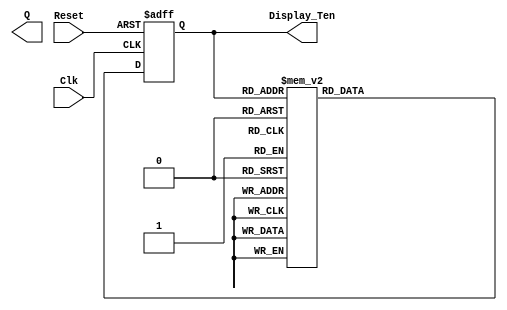
`timescale 1ns / 1ps

module Second_Counter(
    input Clk, Reset,
    output Q,      //'Q' connects to the GND
    output [3:0] Display_Ten
    );
    
  // Make sure your Counter is driven by  slow clock generated by clock divider
reg[3:0] Present_State, Next_State;

parameter S0 = 4'b0000;  //Decimal Value = 0
parameter S1 = 4'b0001;  //Decimal Value = 1
parameter S2 = 4'b0010;  //Decimal Value = 2
parameter S3 = 4'b0011;  //Decimal Value = 3
parameter S4 = 4'b0100;  //Decimal Value = 4
parameter S5 = 4'b0101;  //Decimal Value = 5  
parameter S6 = 4'b0110;  //Decimal Value = 6
parameter S7 = 4'b0111;  //Decimal Value = 7
parameter S8 = 4'b1000;  //Decimal Value = 8
parameter S9 = 4'b1001;  //Decimal Value = 9
 
always @(posedge Clk, posedge Reset)
    if(Reset)
        Present_State = S0;           //If 'Reset' = Positive Edge, then
                                    // 'Present_State' = 0000 start from the beginning
    else 
        Present_State = Next_State; //Else, continue to increment (count)    
    
always@(*)              //Takes all inputs and watches if they change
    case(Present_State) //This is where the pattern begins
    S0: Next_State = S1;    // Transitions from 0 -> 1
    S1: Next_State = S2;    // Transitions from 1 -> 2
    S2: Next_State = S3;    // Transitions from 2 -> 3
    S3: Next_State = S4;    // Transitions from 3 -> 4
    S4: Next_State = S5;    // Transitions from 4 -> 5
    S5: Next_State = S6;    // Transitions from 5 -> 6
    S6: Next_State = S7;    // Transitions from 6 -> 7
    S7: Next_State = S8;    // Transitions from 7 -> 8
    S8: Next_State = S9;    // Transitions from 8 -> 9
    S9: Next_State = S0;    // Transitions from 9 -> 0
    
    default: Next_State = S0;   //Stops errors from occuring 
endcase

//assign Q = ;   // Connects to ground
                                              // (Number of bits)'b(Define Value)
                                              // (b) stands for binary
assign Display_Ten = Present_State[3:0]; //Displays number on 7-Segment    
    
endmodule